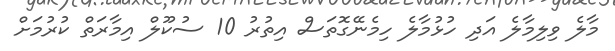
މާލެ ވިލިމާލެ އަދި ހުޅުމާލެ ހިމެނޭގޮތަސް އިތުރު 10 ސުކޫލް އިމާރަތް ކުރުމަށް